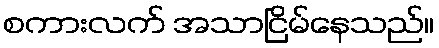
စကားလက် အသာငြိမ်နေသည်။